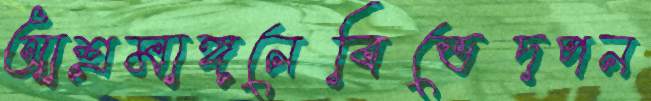
আশ্রমাঙ্গনেবিভেদপন